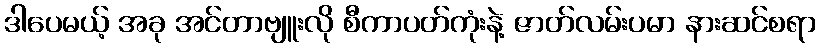
ဒါပေမယ့် အခု အင်တာဗျူးလို စီကာပတ်ကုံးနဲ့ ဇာတ်လမ်းပမာ နားဆင်စရာ